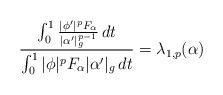
LaTeX: \begin{align*}\frac{\int_0^1 \frac{|\phi'|^p F_\alpha}{| \alpha' |_g^{p-1}} \,dt}{\int_0^1 |\phi|^p F_\alpha | \alpha' |_g \,dt} = \lambda_{1,p}(\alpha)\end{align*}